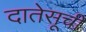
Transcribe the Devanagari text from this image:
दातेसूची